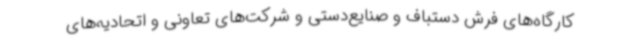
کارگاه‌های فرش دستباف و صنایع‌دستی و شرکت‌های تعاونی و اتحادیه‌های